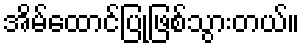
အိမ်ထောင်ပြုဖြစ်သွားတယ်။